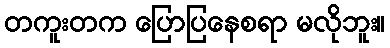
တကူးတက ပြောပြနေစရာ မလိုဘူး။